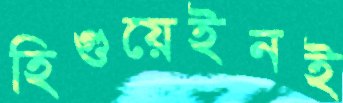
হিগুয়েইনই